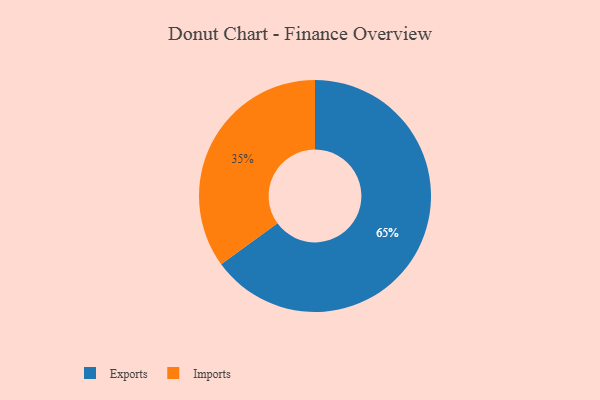
{"axis": {"x": "Category", "y": "Percentage"}, "legend": ["Exports", "Imports"], "data": [{"x": "Exports", "y": 65, "type": "Exports"}, {"x": "Imports", "y": 35, "type": "Imports"}]}